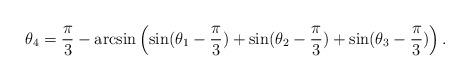
LaTeX: \begin{align*}\theta_4 = \frac{\pi}{3} - \arcsin\left(\sin(\theta_1 - \frac{\pi}{3}) + \sin(\theta_2 - \frac{\pi}{3}) + \sin(\theta_3 - \frac{\pi}{3})\right). \end{align*}